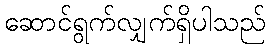
ဆောင်ရွက်လျှက်ရှိပါသည်